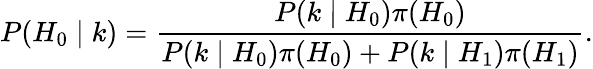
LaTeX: P(H_{0}\mid k)={\frac{P(k\mid H_{0})\pi(H_{0})}{P(k\mid H_{0})\pi(H_{0})+P(k\mid H_{1})\pi(H_{1})}}.